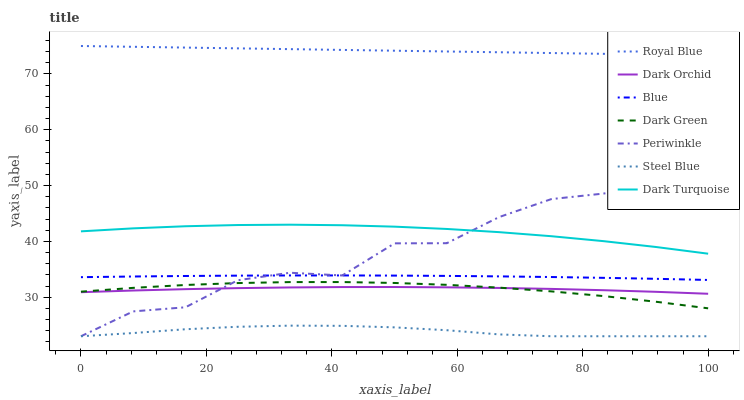
| xaxis_label | Royal Blue | Dark Orchid | Blue | Dark Green | Periwinkle | Steel Blue | Dark Turquoise |
 | --- | --- | --- | --- | --- | --- | --- | --- |
 | 0 | 75 | 30.9 | 33.6 | 31 | 23 | 23 | 41.8 |
 | 8.33 | 74.9 | 31.2 | 33.7 | 31.7 | 27.5 | 23.6 | 42.3 |
 | 16.7 | 74.7 | 31.4 | 33.8 | 32.2 | 28.2 | 24.3 | 42.7 |
 | 25 | 74.6 | 31.6 | 33.9 | 32.5 | 33 | 24.7 | 42.9 |
 | 33.3 | 74.4 | 31.7 | 33.9 | 32.7 | 34.4 | 24.9 | 43 |
 | 41.7 | 74.3 | 31.8 | 33.9 | 32.7 | 33.9 | 24.9 | 42.9 |
 | 50 | 74.2 | 31.8 | 33.9 | 32.5 | 39.6 | 24.6 | 42.6 |
 | 58.3 | 74 | 31.8 | 33.8 | 32.2 | 39.7 | 24.1 | 42.2 |
 | 66.7 | 73.9 | 31.7 | 33.7 | 31.7 | 44.4 | 23.3 | 41.7 |
 | 75 | 73.7 | 31.5 | 33.6 | 31 | 47.6 | 23 | 40.9 |
 | 83.3 | 73.6 | 31.3 | 33.5 | 30.2 | 48.6 | 23 | 40 |
 | 91.7 | 73.5 | 31 | 33.3 | 29.2 | 50.1 | 23 | 39 |
 | 100 | 73.3 | 30.6 | 33.1 | 28 | 53.6 | 23 | 37.8 |